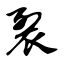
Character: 裂